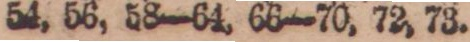
54, 56, 58—64, 66—70, 72, 73.